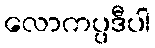
လောကပ္ပဒီပါ